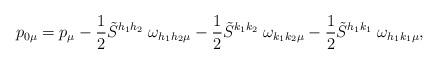
LaTeX: \begin{align*}p_{0\mu} = p_{\mu} - \frac{1}{2} \tilde{S}^{h_1 h_2}\;\omega_{h_1 h_2 \mu}- \frac{1}{2} \tilde{S}^{k_1 k_2}\;\omega_{k_1 k_2 \mu} - \frac{1}{2} \tilde{S}^{h_1 k_1}\;\omega_{h_1 k_1 \mu},\end{align*}